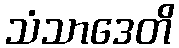
သံသာဒေတိ